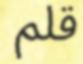
قلم